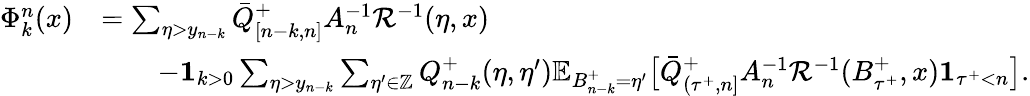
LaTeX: \begin{array}{rl}{\Phi_{k}^{n}(x)}&{=\sum_{\eta>y_{n-k}}\bar{Q}_{[n-k,n]}^{+}A_{n}^{-1}\mathcal{R}^{-1}(\eta,x)}\\ &{\qquad-\mathbf{1}_{k>0}\sum_{\eta>y_{n-k}}\sum_{\eta^{\prime}\in\mathbb{Z}}Q_{n-k}^{+}(\eta,\eta^{\prime})\mathbb{E}_{B_{n-k}^{+}=\eta^{\prime}}\bigl[\bar{Q}_{({\tau^{+}},n]}^{+}A_{n}^{-1}\mathcal{R}^{-1}(B_{{\tau^{+}}}^{+},x)\mathbf{1}_{{\tau^{+}}<n}\bigr].}\end{array}